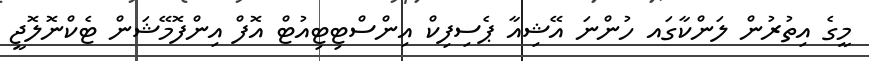
މީގެ އިތުރުން ލަންކާގައ ހުންނަ އޭޝިއާ ޕެސިފިކް އިންސްޓިޓިއުޓް އޮފް އިންފޮމޭޝަން ޓެކްނޮލޮޖީ